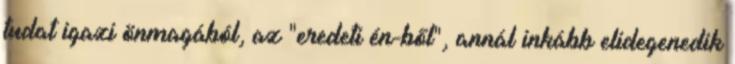
tudat igazi önmagából, az "eredeti én-ből", annál inkább elidegenedik